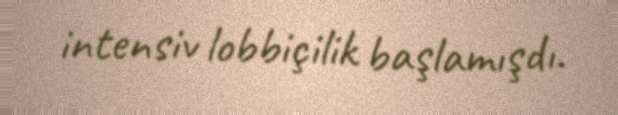
intensiv lobbiçilik başlamışdı.